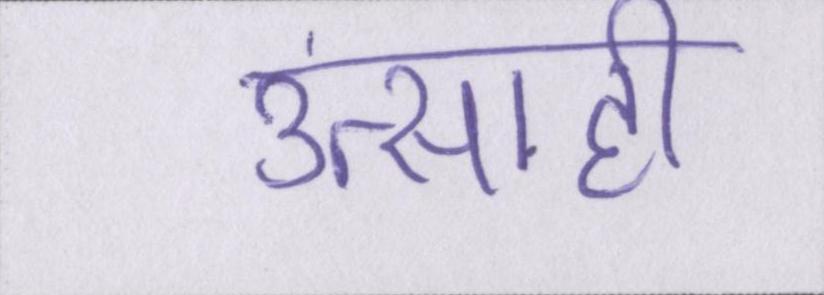
उत्साही